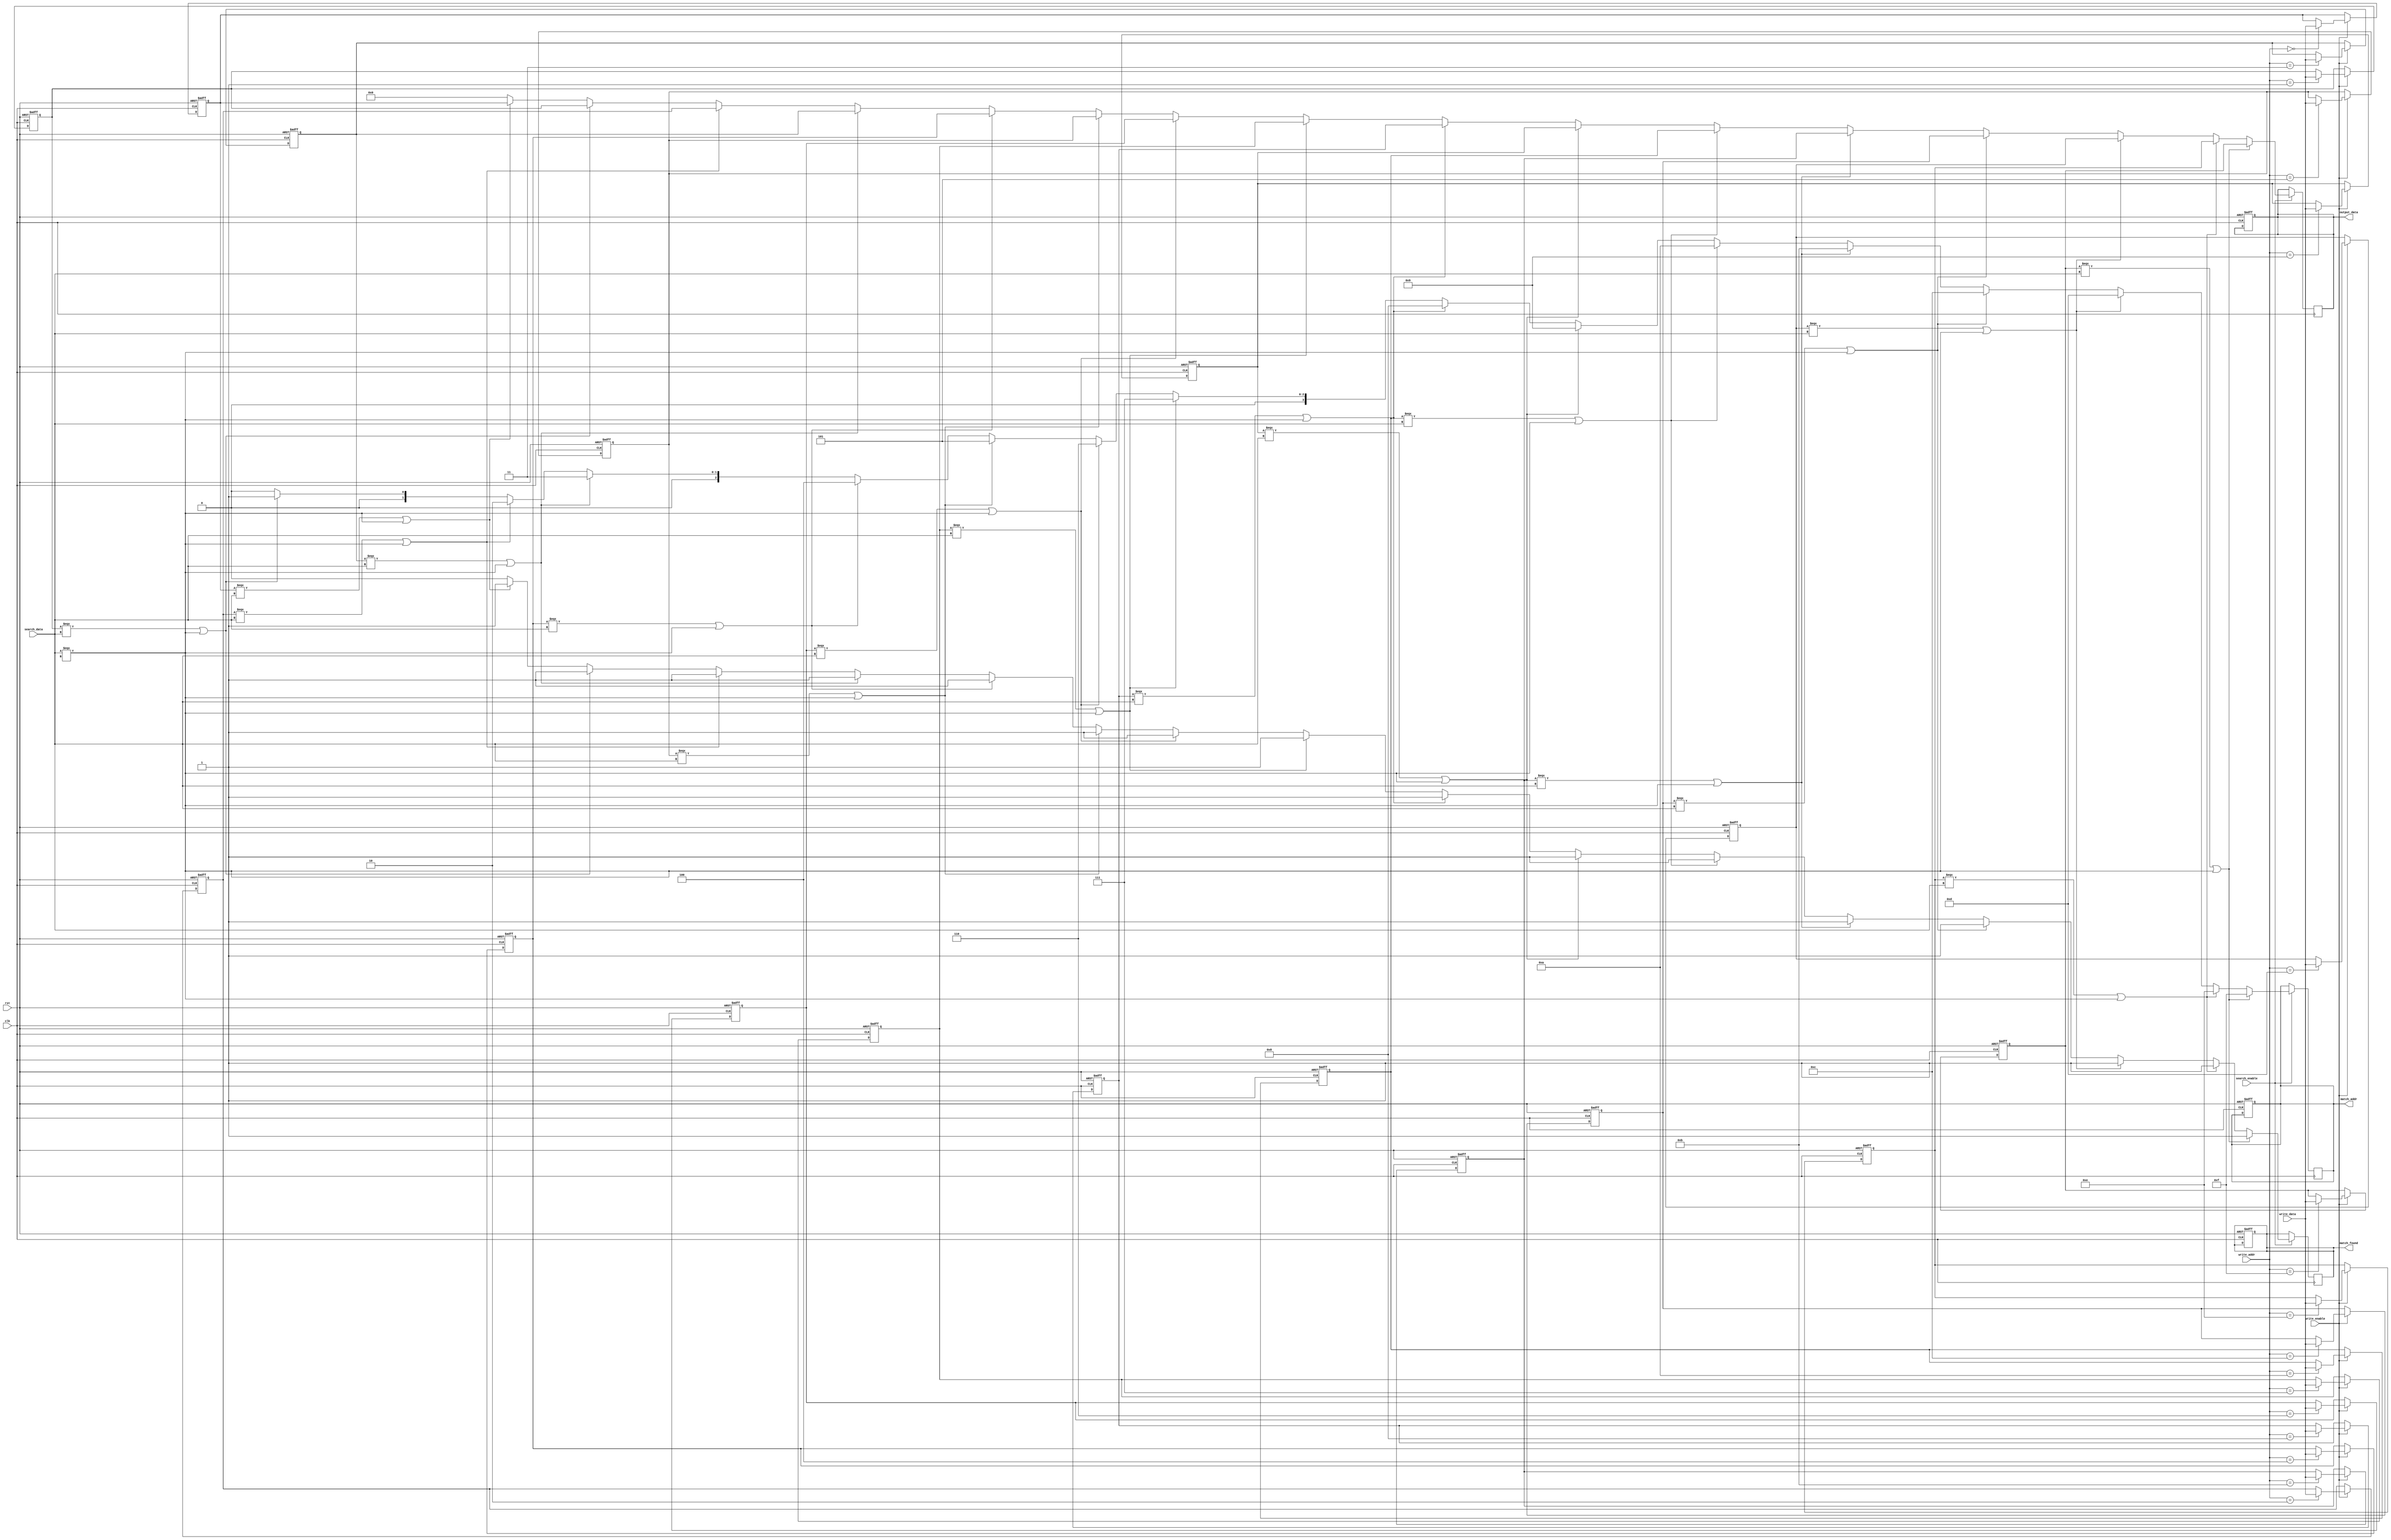
module hybrid_cam #(
    parameter DATA_WIDTH = 8,   // Width of each data word
    parameter ADDR_WIDTH = 4,   // Number of entries in the CAM
    parameter WILDCARD = 1'bx    // Wildcard character
)(
    input wire clk,
    input wire rst,
    input wire [DATA_WIDTH-1:0] search_data, // Data to search
    input wire [DATA_WIDTH-1:0] write_data,  // Data to write
    input wire [ADDR_WIDTH-1:0] write_addr,  // Address to write data
    input wire write_enable,                  // Write enable signal
    input wire search_enable,                 // Search enable signal
    output reg [ADDR_WIDTH-1:0] match_addr,  // Address of the matched entry
    output reg match_found,                   // Match found signal
    output reg [DATA_WIDTH-1:0] output_data   // Output matched data
);

    // Memory array
    reg [DATA_WIDTH-1:0] memory_array [0:(1<<ADDR_WIDTH)-1];

    // Match lines
    wire [ADDR_WIDTH-1:0] match_lines;
    integer i;

    // Write operation
    always @(posedge clk or posedge rst) begin
        if (rst) begin
            // Reset memory
            for (i = 0; i < (1 << ADDR_WIDTH); i = i + 1) begin
                memory_array[i] <= {DATA_WIDTH{1'b0}};
            end
            match_found <= 1'b0;
            match_addr <= {ADDR_WIDTH{1'b0}};
            output_data <= {DATA_WIDTH{1'b0}};
        end else if (write_enable) begin
            // Write data to memory
            memory_array[write_addr] <= write_data;
        end
    end

    // Search operation
    always @(posedge clk) begin
        if (search_enable) begin
            match_found <= 1'b0;
            match_addr <= {ADDR_WIDTH{1'b0}};
            output_data <= {DATA_WIDTH{1'b0}};
            for (i = 0; i < (1 << ADDR_WIDTH); i = i + 1) begin
                // Compare with wildcard support
                if ((memory_array[i] === search_data) || 
                    (search_data === WILDCARD)) begin
                    match_lines[i] = 1'b1;
                    match_found <= 1'b1;
                    match_addr <= i; // Store the last match found
                    output_data <= memory_array[i]; // Output matched data
                end else begin
                    match_lines[i] = 1'b0;
                end
            end
        end
    end

endmodule